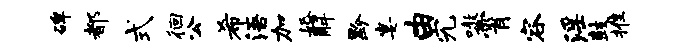
碑都式徊公希浯加婚解黔宴由究嗷霄容淫鼓推